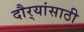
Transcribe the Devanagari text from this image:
दौर्‍यांसाठी